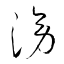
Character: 滂